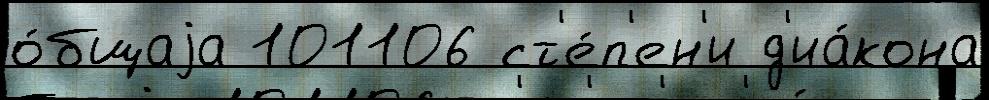
о́бщаjа 101106 ст'е́п'ен'и д'иа́кона